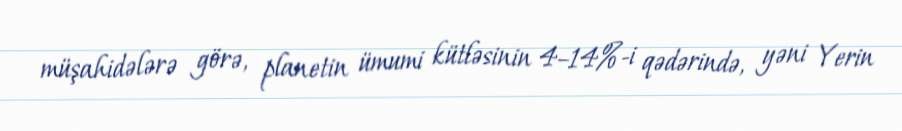
müşahidələrə görə, planetin ümumi kütləsinin 4–14%-i qədərində, yəni Yerin